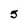
Character: 5